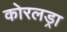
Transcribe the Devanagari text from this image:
कोरलड्रा